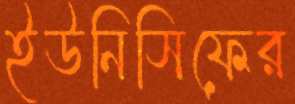
ইউনিসিফের